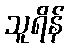
သူရိန်